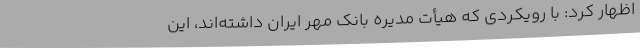
اظهار کرد: با رویکردی که هیأت مدیره بانک مهر ایران داشته‌اند، این